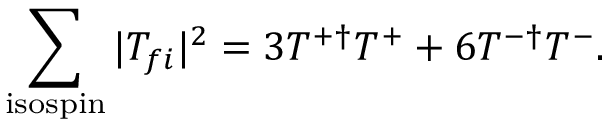
\sum _ { \mathrm { i s o s p i n } } | T _ { f i } | ^ { 2 } = 3 T ^ { + \dag } T ^ { + } + 6 T ^ { - \dag } T ^ { - } .